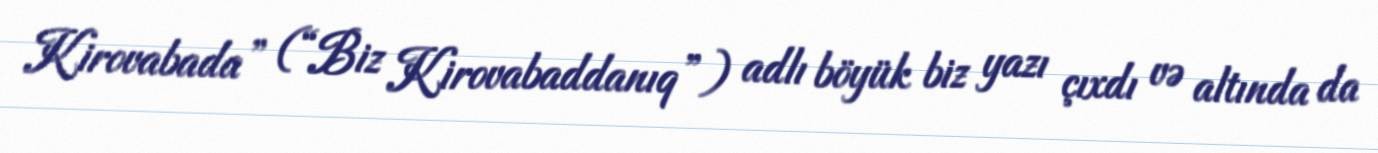
Kirovabada” (“Biz Kirovabaddanıq”) adlı böyük biz yazı çıxdı və altında da